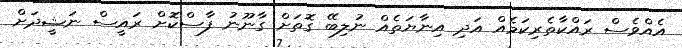
އެއްވެސް ރައްކާތެރިކަމެއް އަދި އިނާޔަތެއް ނުލިބޭ ގޮތަށް ގާނޫނު ފާސްކޮށް ރައީސް ނަޝީދަށް